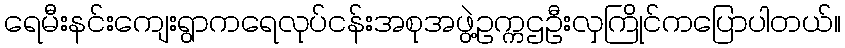
ရေမီးနင်းကျေးရွာကရေလုပ်ငန်းအစုအဖွဲ့ဥက္ကဌဦးလှကြိုင်ကပြောပါတယ်။